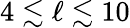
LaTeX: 4\lesssim\ell\lesssim 10